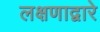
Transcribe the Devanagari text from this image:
लक्षणाद्वारे